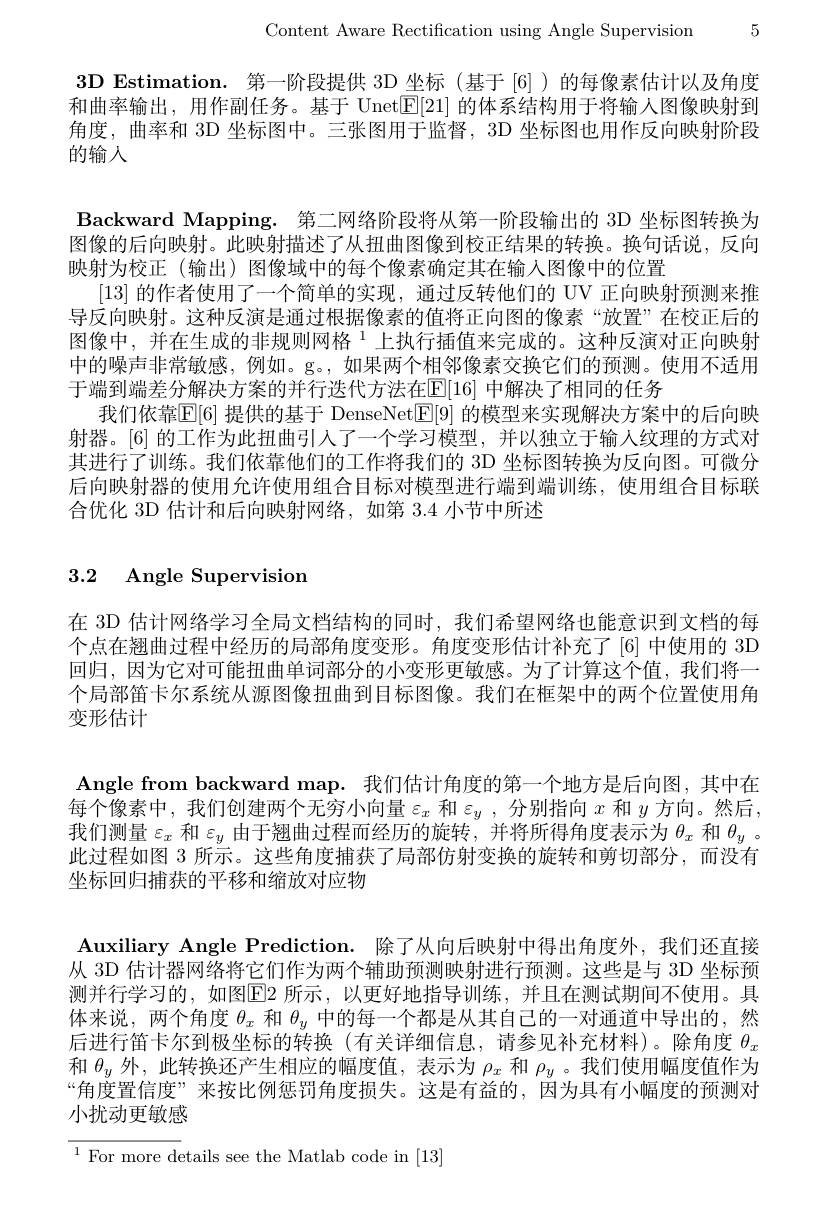
Content Aware Rectification using Angle Supervision 5

3D Estimation. 第一阶段提供 3D 坐标(基于[6])的每像素估计以及角度和曲率输出，用作副任务。基于 Unet$[\mathbb{E}[21]$的体系结构用于将输人图像映射到角度，曲率和 3D 坐标图中。三张图用于监督，3D 坐标图也用作反向映射阶段的输人

Backward Mapping. 第二网络阶段将从第一阶段输出的 3D 坐标图转换为图像的后向映射。此映射描述了从扭曲图像到校正结果的转换。换句话说，反向映射为校正 (输出) 图像域中的每个像素确定其在输入图像中的位置
[13]的作者使用了一个简单的实现，通过反转他们的 UV 正向映射预测来推导反向映射。这种反演是通过根据像素的值将正向图的像素“放置”在校正后的图像中，并在生成的非规则网格 1 上执行插值来完成的。这种反演对正向映射中的噪声非常敏感，例如。g。,如果两个相邻像素交换它们的预测。使用不适用于端到端差分解决方案的并行迭代方法在$\mathbb{E}[16]$ 中解决了相同的任务
我们依靠E[6] 提供的基于 DenseNet[E[9] 的模型来实现解决方案中的后向映射器。[6] 的工作为此扭曲引人了一个学习模型，并以独立于输入纹理的方式对其进行了训练。我们依靠他们的工作将我们的 3D 坐标图转换为反向图。可微分后向映射器的使用允许使用组合目标对模型进行端到端训练，使用组合目标联合优化 3D 估计和后向映射网络，如第 3.4 小节中所述

# 3.2 Angle Supervision

在 3D 估计网络学习全局文档结构的同时，我们希望网络也能意识到文档的每个点在翘曲过程中经历的局部角度变形。角度变形估计补充了[6] 中使用的 3D 回归，因为它对可能扭曲单词部分的小变形更敏感。为了计算这个值，我们将一个局部笛卡尔系统从源图像扭曲到目标图像。我们在框架中的两个位置使用角变形估计

Angle from backward map. 我们估计角度的第一个地方是后向图，其中在每个像素中，我们创建两个无穷小向量$\varepsilon_x$和$\varepsilon_y$ ,分别指向$x$和$y$方向。然后， 我们测量$\varepsilon_x$和$\varepsilon_y$由于翘曲过程而经历的旋转，并将所得角度表示为$\theta_x$和$\theta_y$ 。此过程如图 3 所示。这些角度捕获了局部仿射变换的旋转和剪切部分，而没有坐标回归捕获的平移和缩放对应物

Auxiliary Angle Prediction. 除了从向后映射中得出角度外，我们还直接从 3D 估计器网络将它们作为两个辅助预测映射进行预测。这些是与 3D 坐标预测并行学习的，如图E2 所示，以更好地指导训练，并且在测试期间不使用。具体来说，两个角度$\theta_x$和$\theta_y$中的每一个都是从其自己的一对通道中导出的，然后进行笛卡尔到极坐标的转换(有关详细信息，请参见补充材料)。除角度$\theta_x$ 和$\theta_y$外，此转换还产生相应的幅度值，表示为$\rho_x$和$\rho_y$ 。我们使用幅度值作为“角度置信度”来按比例惩罚角度损失。这是有益的，因为具有小幅度的预测对小扰动更敏感

$^{1}$For more details see the Matlab code in [13]